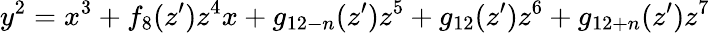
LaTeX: y^{2}=x^{3}+f_{8}(z^{\prime})z^{4}x+g_{12-n}(z^{\prime})z^{5}+g_{12}(z^{\prime})z^{6}+g_{12+n}(z^{\prime})z^{7}